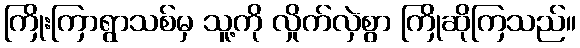
ကြိုးကြာရွာသစ်မှ သူ့ကို လှိုက်လှဲစွာ ကြိုဆိုကြသည်။